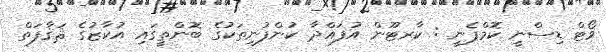
ވޯޓް ޑިސްނީ ކޮމްޕެނީ : ކާރޓޫން އުފައްދާ ކުންފުނިތަކުގެ ބޮންތީގައި އުކާޒުގެ ޘަޤާފަތް